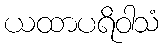
ယထာပရိဝါသံ